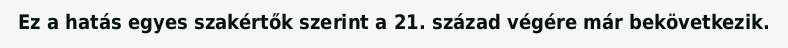
Ez a hatás egyes szakértők szerint a 21. század végére már bekövetkezik.